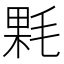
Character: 𣮔